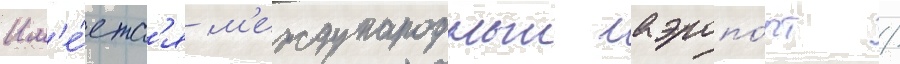
Им'е́етс'я м'еждународныи аэропо́рт /